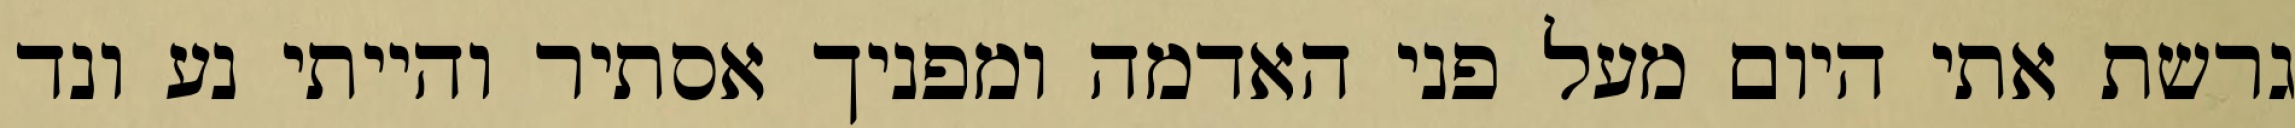
גרשת אתי היום מעל פני האדמה ומפניך אסתיר והייתי נע ונד